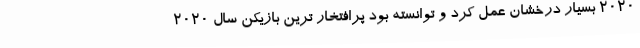
2020 بسیار درخشان عمل کرد و توانسته بود پرافتخار ترین بازیکن سال 2020